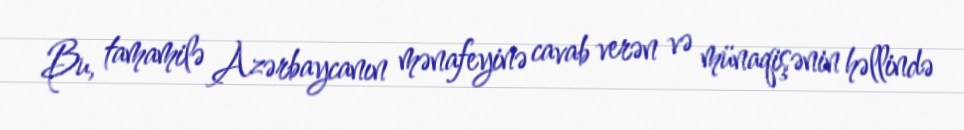
Bu, tamamilə Azərbaycanın mənafeyinə cavab verən və münaqişənin həllində